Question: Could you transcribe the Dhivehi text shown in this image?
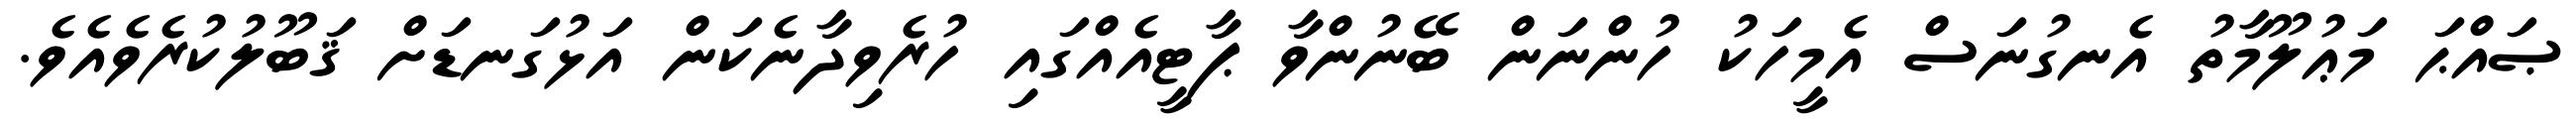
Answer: ޞައްޙަ މަޢުލޫމާތު އެނގުނަސް އެމީހަކު ހުންނަން ބޭނުންވާ ޕާޓީއެއްގައި ހުރެވިދާނެކަން އަޅުގަނޑަށް ޤަބޫލުކުރެވެއެވެ.